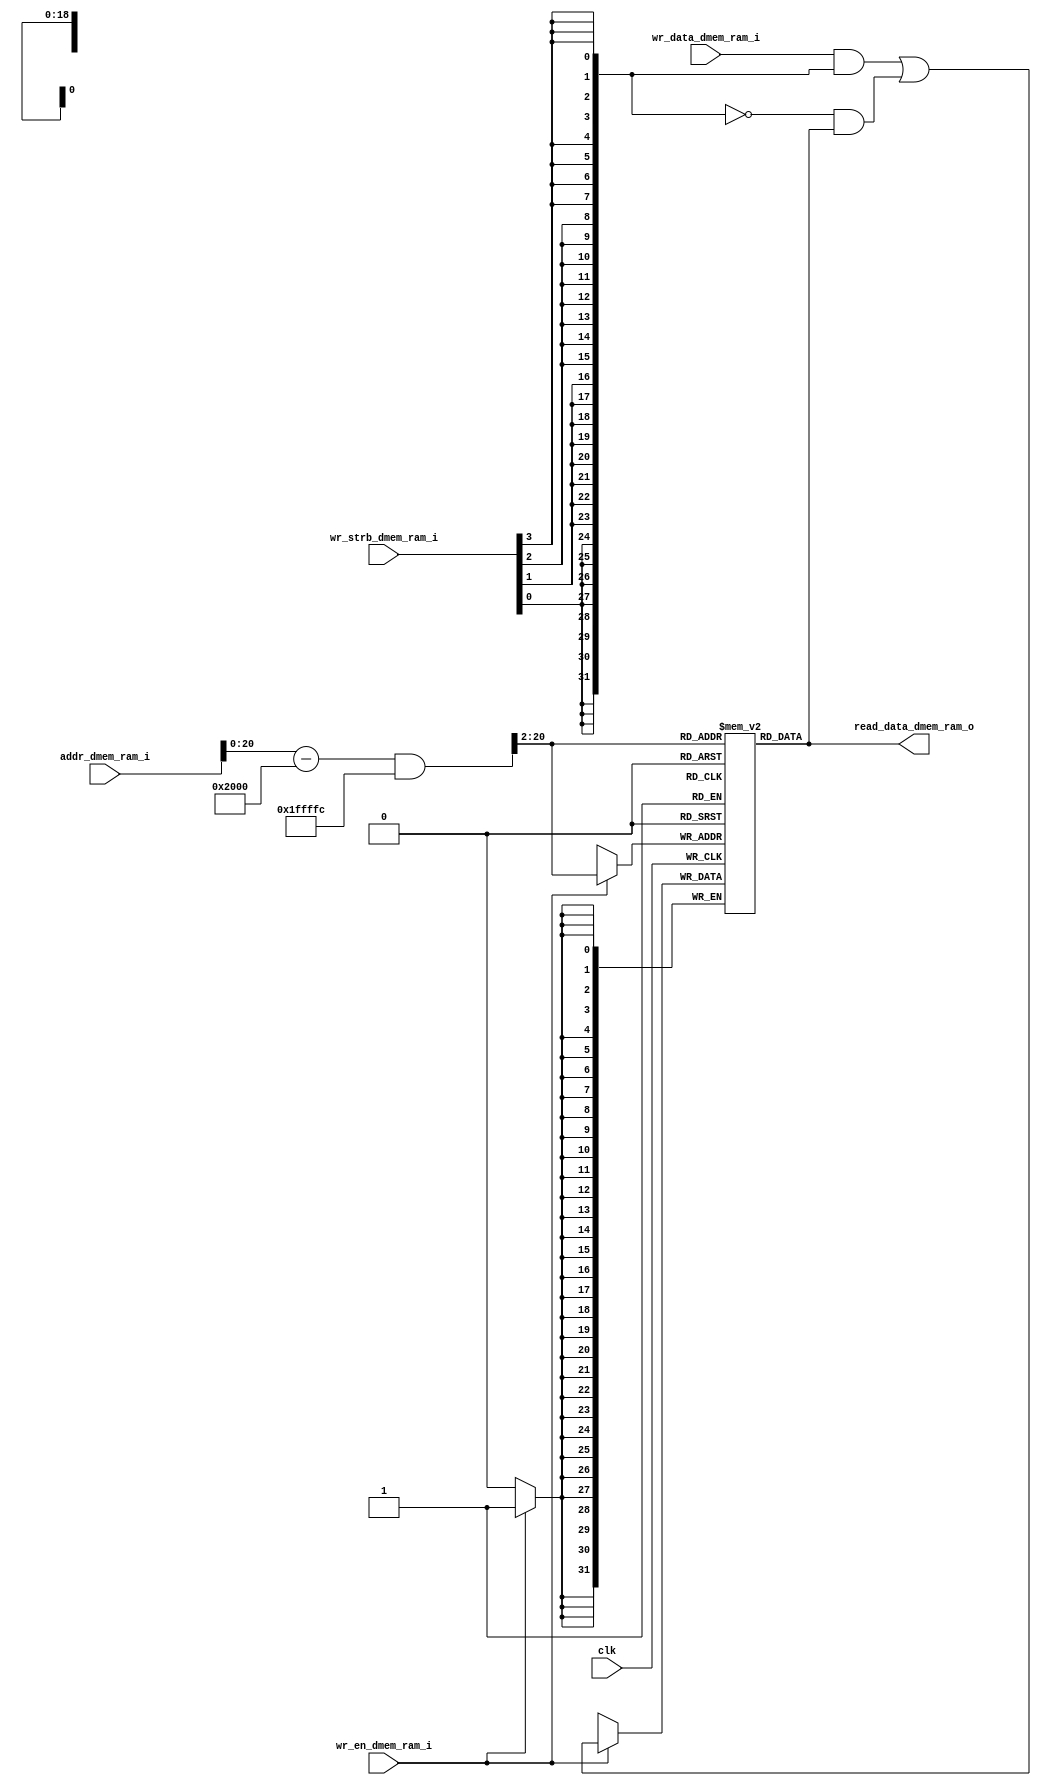
module data_mem
    (
        input   wire        clk,
        input   wire[31:0]  addr_dmem_ram_i,
        input   wire[31:0]  wr_data_dmem_ram_i,
        input   wire[0:3]   wr_strb_dmem_ram_i,
        input   wire        wr_en_dmem_ram_i,
        output  wire[31:0]  read_data_dmem_ram_o
    );

    parameter data_seg_begin = 32'h2000,
              data_seg_size  = 32'h100000;
    // Byte Addressable mem
    reg [31:0] dmem [0:(data_seg_size>>2)];

    wire[31:0] read_data;
    wire[31:0] wr_strb = {wr_strb_dmem_ram_i[3],wr_strb_dmem_ram_i[3],wr_strb_dmem_ram_i[3],wr_strb_dmem_ram_i[3],
                          wr_strb_dmem_ram_i[3],wr_strb_dmem_ram_i[3],wr_strb_dmem_ram_i[3],wr_strb_dmem_ram_i[3],  
                          wr_strb_dmem_ram_i[2],wr_strb_dmem_ram_i[2],wr_strb_dmem_ram_i[2],wr_strb_dmem_ram_i[2], 
                          wr_strb_dmem_ram_i[2],wr_strb_dmem_ram_i[2],wr_strb_dmem_ram_i[2],wr_strb_dmem_ram_i[2], 
                          wr_strb_dmem_ram_i[1],wr_strb_dmem_ram_i[1],wr_strb_dmem_ram_i[1],wr_strb_dmem_ram_i[1], 
                          wr_strb_dmem_ram_i[1],wr_strb_dmem_ram_i[1],wr_strb_dmem_ram_i[1],wr_strb_dmem_ram_i[1], 
                          wr_strb_dmem_ram_i[0],wr_strb_dmem_ram_i[0],wr_strb_dmem_ram_i[0],wr_strb_dmem_ram_i[0], 
                          wr_strb_dmem_ram_i[0],wr_strb_dmem_ram_i[0],wr_strb_dmem_ram_i[0],wr_strb_dmem_ram_i[0]}; 

    assign read_data_dmem_ram_o = read_data;

    always @(posedge clk)
    if (wr_en_dmem_ram_i)
        dmem[((addr_dmem_ram_i - data_seg_begin)&(~32'h3))>>2] <= ((wr_data_dmem_ram_i & wr_strb) | (~wr_strb & read_data));

    assign read_data = dmem[((addr_dmem_ram_i - data_seg_begin)&(~32'h3))>>2];

endmodule